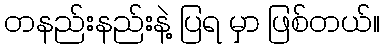
တနည်းနည်းနဲ့ ပြရ မှာ ဖြစ်တယ်။